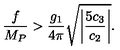
\frac { f } { M _ { P } } > \frac { g _ { 1 } } { 4 \pi } \sqrt { \left| \frac { 5 c _ { 3 } } { c _ { 2 } } \right| } .